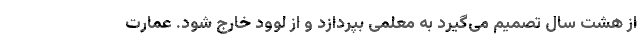
از هشت سال تصمیم می‌گیرد به معلمی بپردازد و از لوود خارج شود. عمارت